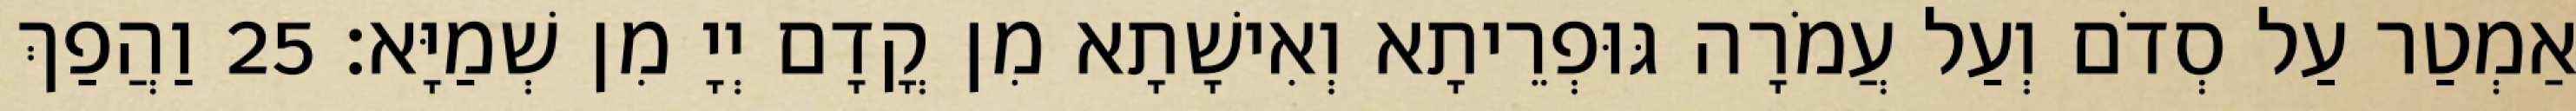
אַמְטַר עַל סְדֹם וְעַל עֲמֹרָה גּוּפְרֵיתָא וְאִישָׁתָא מִן קֳדָם יְיָ מִן שְׁמַיָּא׃ 25 וַהֲפַךְ